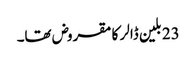
23 بلین ڈالر کا مقروض تھا۔